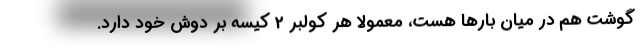
گوشت هم در ميان بارها هست، معمولا هر كولبر 2 كيسه بر دوش خود دارد.